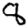
Digit: 8